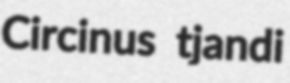
Circinus tjandi